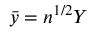
\bar { y } = n ^ { 1 / 2 } Y